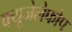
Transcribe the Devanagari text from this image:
क्‍यूजेलेफोप